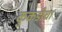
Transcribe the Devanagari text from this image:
कुकडीचा